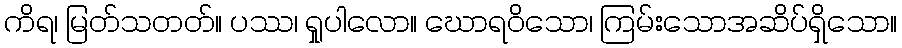
ကိရ၊ မြတ်သတတ်။ ပဿ၊ ရှုပါလော။ ဃောရဝိသော၊ ကြမ်းသောအဆိပ်ရှိသော။